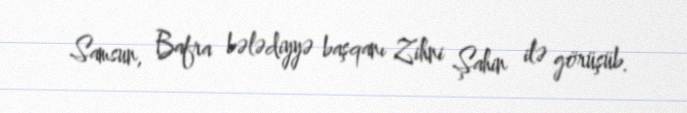
Samsun, Bafra bələdiyyə başqanı Zihni Şahin ilə görüşüb.